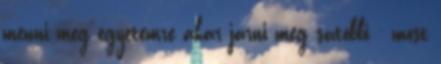
menni meg egyetemre akar járni meg satöbbi - most